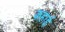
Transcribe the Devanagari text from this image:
कहाई